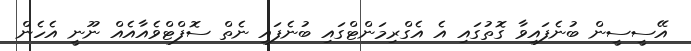
އޭސީސީން ބުނެފައިވާ ގޮތުގައި އެ އެގްރިމަންޓްގައި ބުނެފައި ނެތް ސޮފްޓްވެއާއެއް ނޫނީ އެހެން